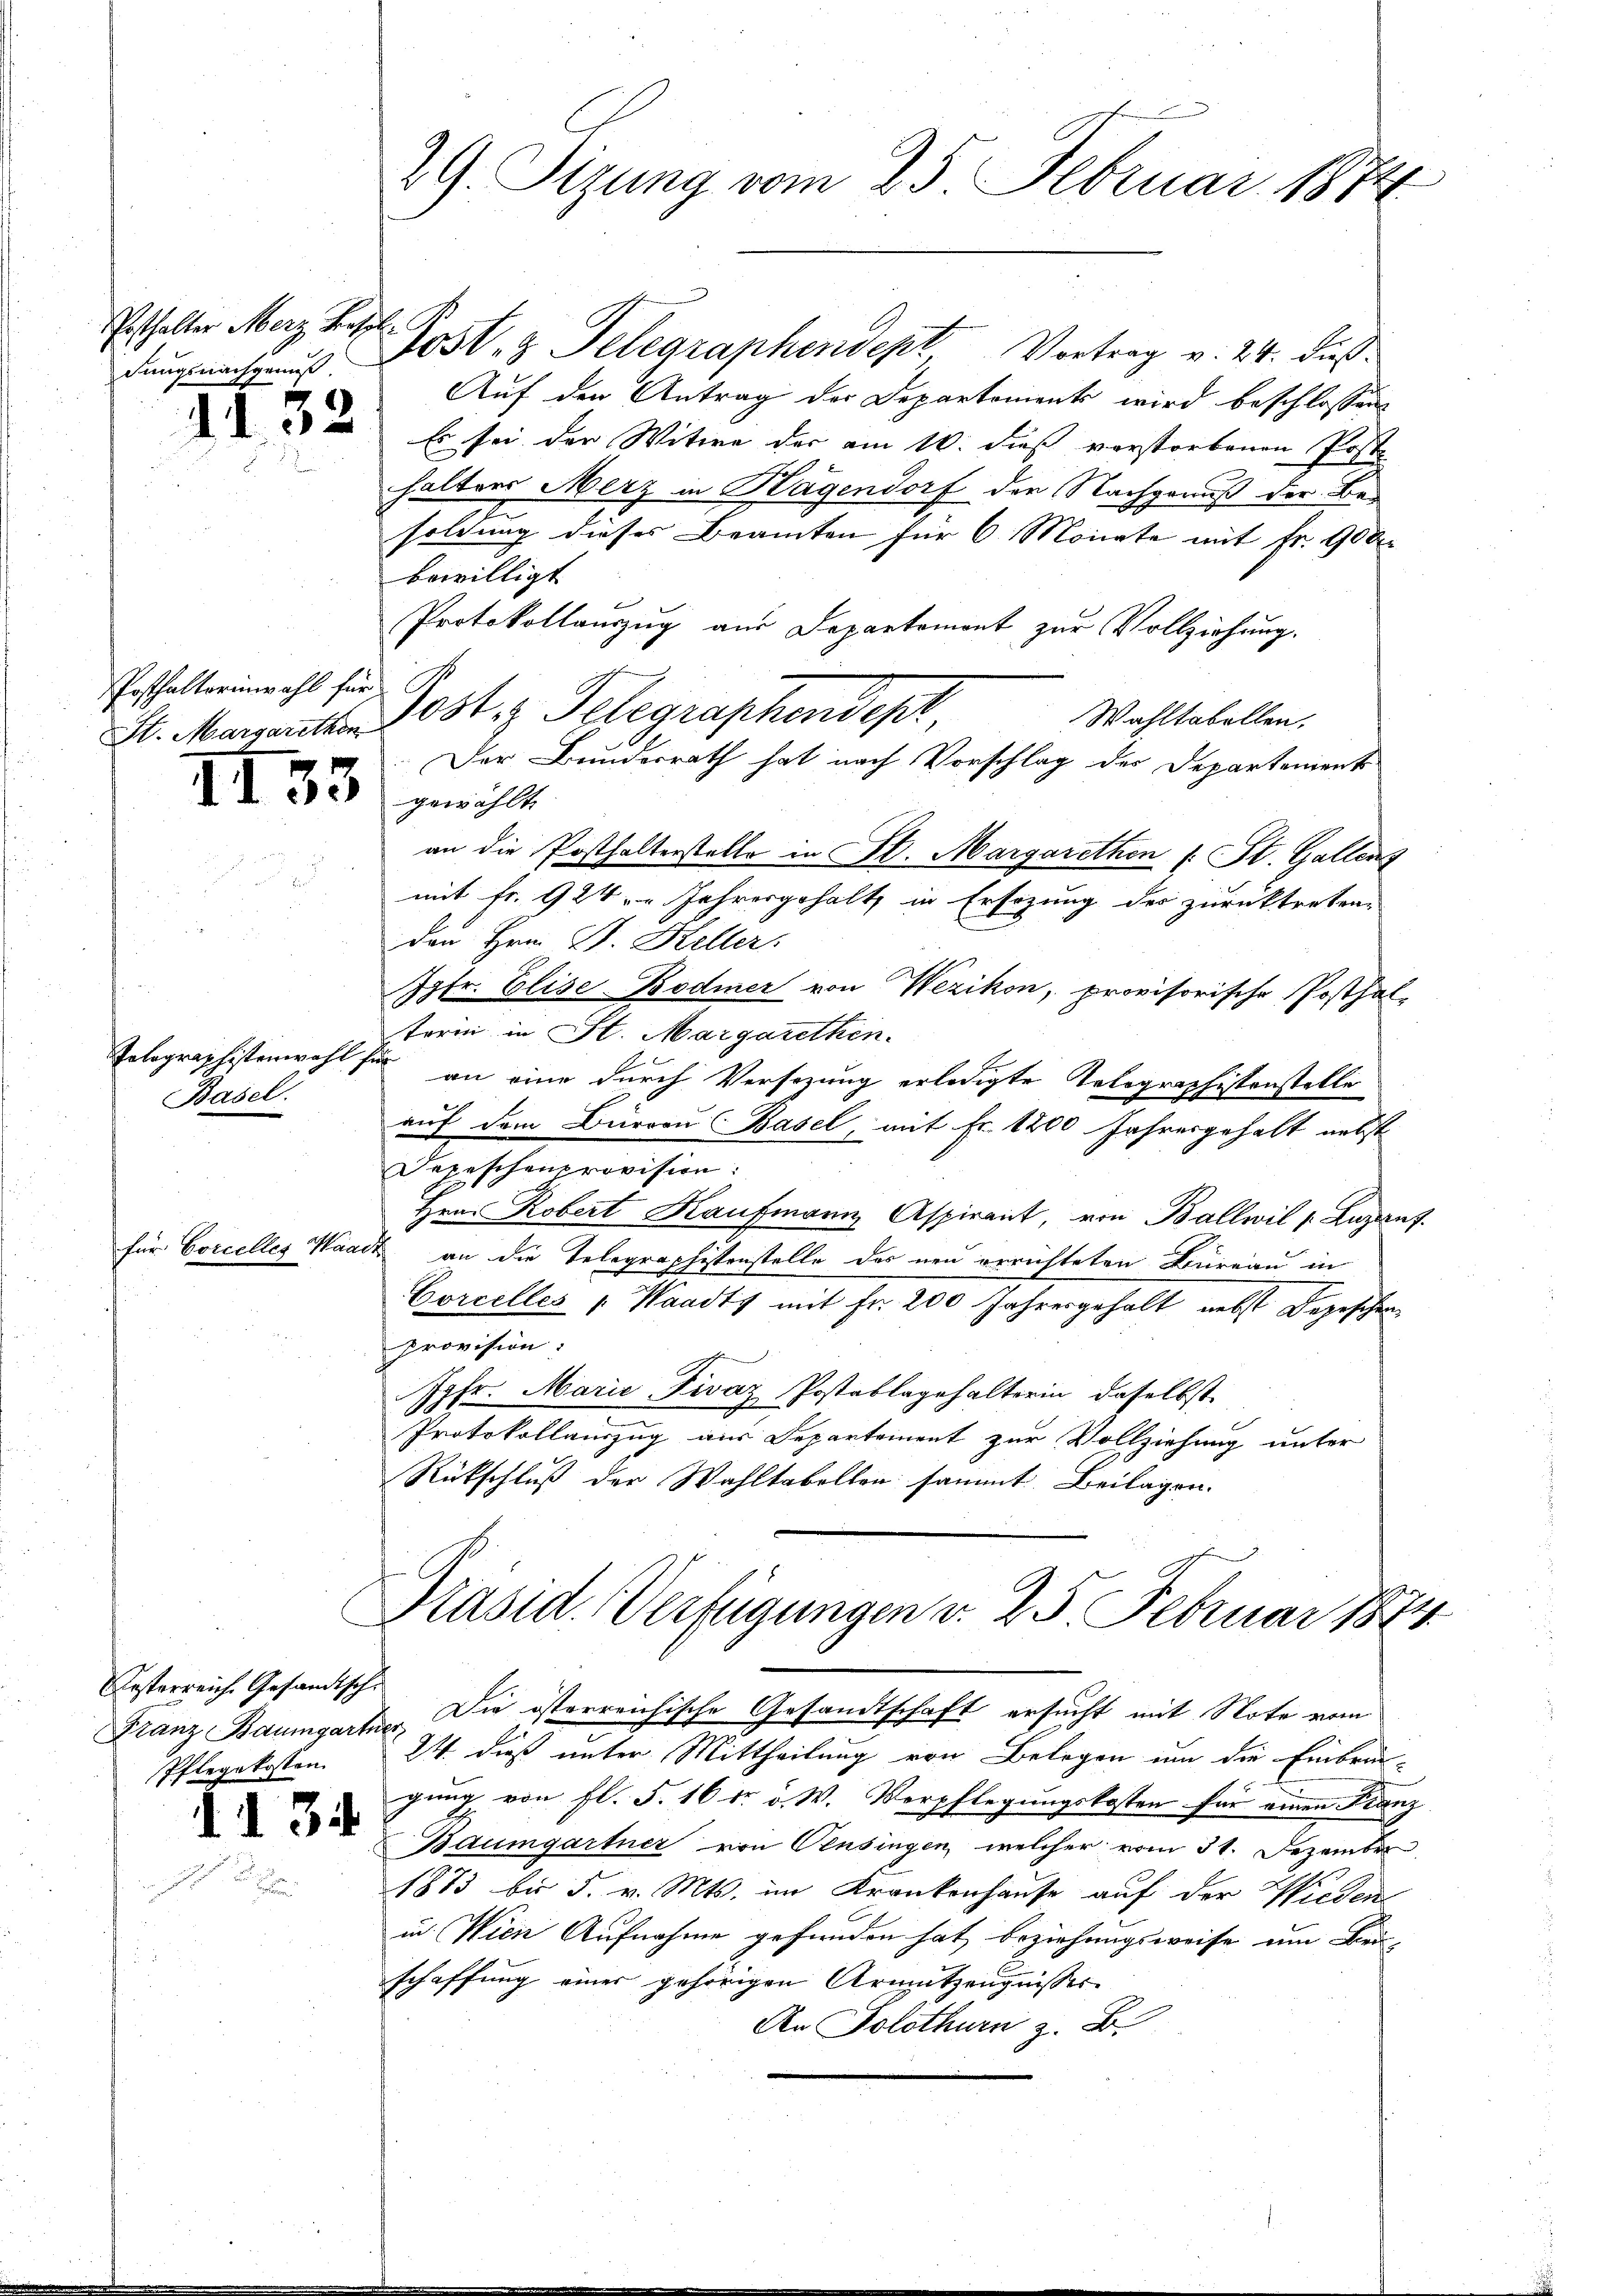
Ersthalter Merz Basel
dungsnachgenuß.

Posthaltorin wahl für

II

Telographistenwahl für
Basel.

für Coccelles Waa

Österreich. Gesandtsche
Pflegekosten

d. 134.

Post, z. Telegraphendept Vortrag v. 24. dies
Auf den Antrag der Departements wird beschlossen
 Es sei der Witwe der am 10. dies verstorbenen Post
halters Merz in Hagendorf der Nachgenuß der Besoldung dieses Beamten für 6 Monate mit Fr. 900
bewilligt
Protokollauszug aus Departemont zur Vollziehung.
Wahltabellen,
S. Marswitten 13t z. Telegraphendept
Der Bundesrath hat nach Vorschlag des Departement
33 gicht
an die Posthalterstelle in St. Margarethen 1. St. Gallenz
mit Fr. 924 " " Jahresgehalt in Ersezung des zurücktreten.
den Hrn. B. Heller.
Jgfr. Elise Bodmer von Wezikon, provisorische Posthal-
terin in St. Margarethen.
an eine durch Versezung erledigte Telegraphistenstelle
auf dem Burgau Basel, mit Fr. 1200 Jahresgehalt nebst
Depeschenprovision:
Hrn. Robert Kaufmann Aspirant, von Ballwil v. Luzerny
ade an die Telegraphistenstelle des neu errichteten Büreau in
Corcelles Waadts mit Fr. 200 Jahresgehalt nebst Depeschenprovision:
Jgfr. Marie Fivaz Postablagehalterin, daselbst
Protokollauszug aus Departement zur Vollziehung unter
Rückschluß der Wahltabellen sammt Beilagen.

x
29. Sizung vom 25. Februar 1874

Präsid. Verfügungen v. 25 Februar 1874.
Franz Baumgartner Die österreichische Gesandtschaft ersucht mit Note vom

24. dieß unter Mittheilung von Belegen um die Einbrun-
gung von fl. S. 16 tr. v. W. Verpflegungskosten für einen Franz
Baumgartner von Pensingen, welcher vom 31. Dezember
1873 bis 5. v. Mts. im Krankenhause auf der Wieden
un. Wien Aufnahme gefunden hat, beziehungsweise um Bei-
schaffung einer gehörigen Armutzeugnisses
An Solothurn z. B.